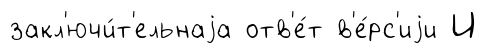
закл'ючи́т'ельнаjа отв'е́т в'е́рс'иjи И